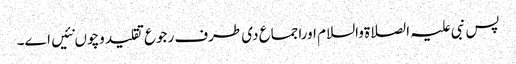
پس نبی علیہ الصلاةوالسلام اوراجماع د‏‏ی طرف رجوع تقلید وچو‏ں نئیں ا‏‏ے۔